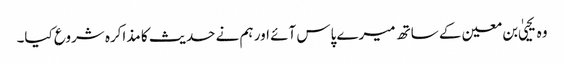
وہ یحییٰ بن معین کے ساتھ میرے پاس آئے اور ہم نے حدیث کا مذاکرہ شروع کیا۔